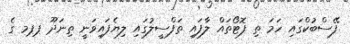
ފޭސްބުކްގައި ހަމަ ތި ފޮޓޯތައް ލާފައި ތަފްސީލުގައި ލިޔެފައިވަނީ ތިނަދޫ ޕޕމ ގެ